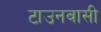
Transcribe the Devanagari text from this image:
टाउनवासी